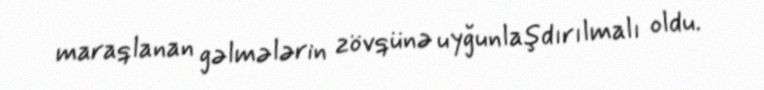
maraqlanan gəlmələrin zövqünə uyğunlaşdırılmalı oldu.